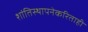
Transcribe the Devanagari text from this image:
शांतिस्थापनेकरिताही